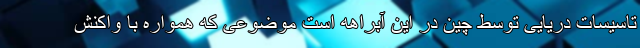
تاسیسات دریایی توسط چین در این آبراهه است موضوعی که همواره با واکنش